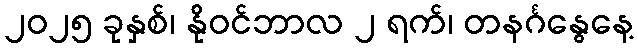
၂၀၂၅ ခုနှစ်၊ နိုဝင်ဘာလ ၂ ရက်၊ တနင်္ဂနွေနေ့